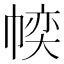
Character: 𱜱